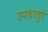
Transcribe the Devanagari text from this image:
उपधातुएं